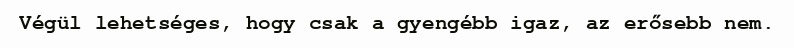
Végül lehetséges, hogy csak a gyengébb igaz, az erősebb nem.